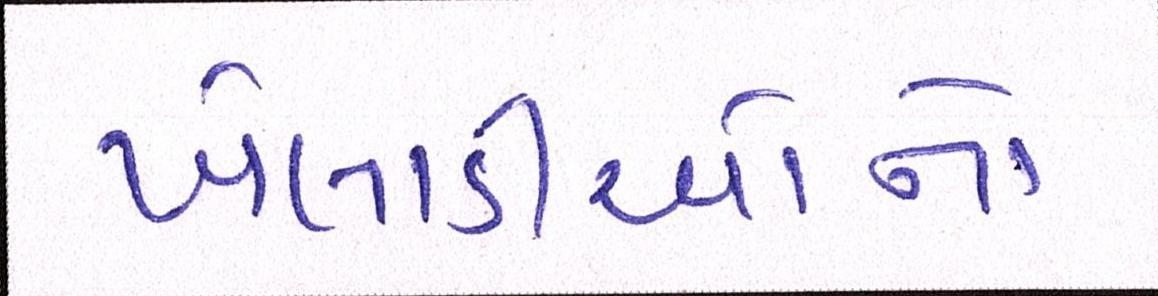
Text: ખેલાડીઓનો